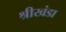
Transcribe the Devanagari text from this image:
श्रीखंडा